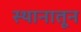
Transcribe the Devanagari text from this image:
स्थानातून